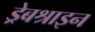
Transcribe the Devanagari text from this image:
ड्रेबश्राइन